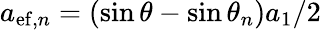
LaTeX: a_{\mathrm{ef},n}=(\sin\theta-\sin\theta_{n})a_{1}/2